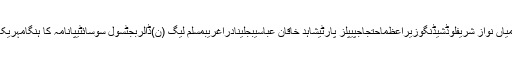
پاکستانمیاں نواز شریفلوڈشیڈنگوزیراعظماحتجاجپیپلز پارٹیشاہد خاقان عباسیبجلینادراغریبمسلم لیگ (ن)ڈالربجٹسول سوسائٹیپانامہ کا ہنگامہریکارڈقطر